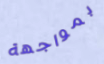
بمواجهة